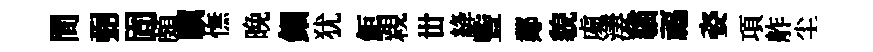
間弼固頗驥憮晩鈿犹鉅親丗絳䜿鄰貌䖏淒貓福姿項舴尘